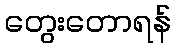
တွေးတောရန်